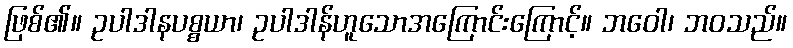
ဖြစ်၏။ ဥပါဒါနပစ္စယာ၊ ဥပါဒါန်ဟူသောအကြောင်းကြောင့်။ ဘဝေါ၊ ဘဝသည်။